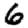
Digit: 6